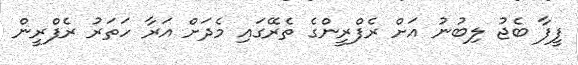
ފީފާ ބެޖު ލިބުނު އަށް ރެފްރީންގެ ތެރޭގައި މެދަށް އަރާ ހަތަރު ރެފްރީން